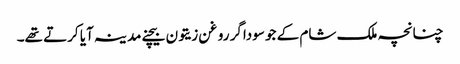
چنانچہ ملک شام کے جو سوداگر روغن زیتون بیچنے مدینہ آیا کرتے تھے۔